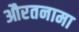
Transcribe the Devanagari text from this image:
औरतनामा